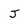
Character: J